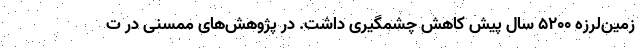
زمین‌لرزه ۵۲۰۰ سال پیش کاهش چشمگیری داشت. در پژوهش‌های ممسنی در ت